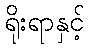
ရိုးရာနှင့်